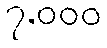
၇,၀၀၀